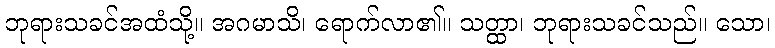
ဘုရားသခင်အထံသို့။ အဂမာသိ၊ ရောက်လာ၏။ သတ္ထာ၊ ဘုရားသခင်သည်။ သော၊